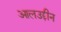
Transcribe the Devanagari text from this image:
आलउद्दीन